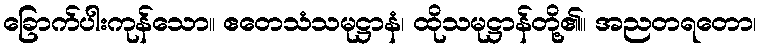
ခြောက်ပါးကုန်သော။ ဧတေသံသမုဋ္ဌာနံ၊ ထိုသမုဋ္ဌာန်တို့၏။ အညတရတော၊